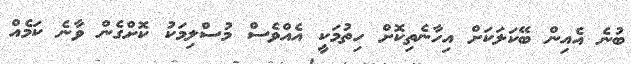
ބުނެ އެއިން ބޭކަލަކަށް އިހާނެތިކޮށް ހިތުމަކީ އެއްވެސް މުސްލިމަކު ކޮށްގެން ވާނެ ކަމެއް